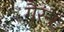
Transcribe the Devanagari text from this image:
गैरन